Annual report of the Punjab Veterinary College and of the Civil Veterinary Department, Punjab - 1926-1932
Year: 1926
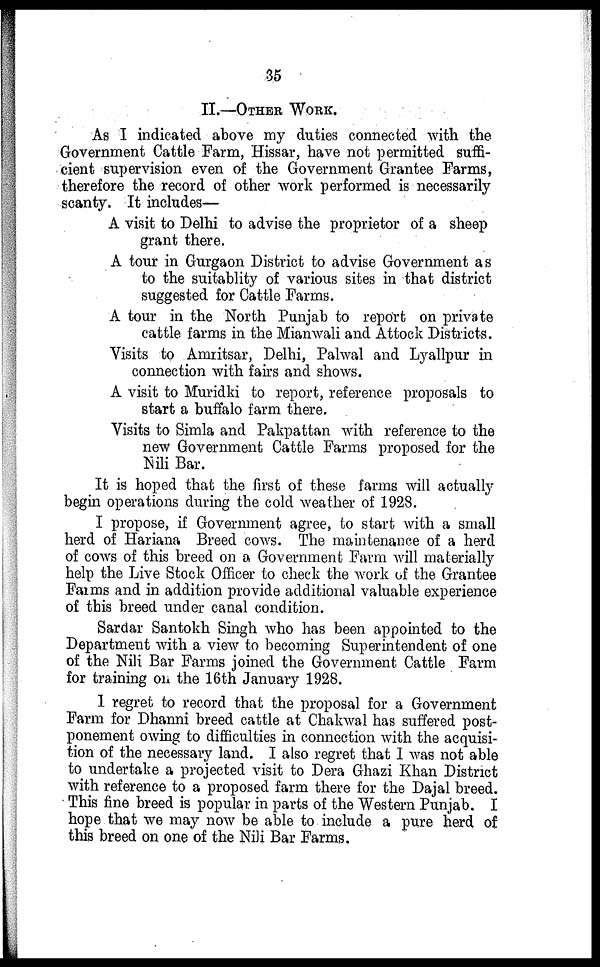
35
II.—OTHER WORK.
As I indicated above my duties connected with the
Government Cattle Farm, Hissar, have not permitted suffi-
cient supervision even of the Government Grantee Farms,
therefore the record of other work performed is necessarily
scanty. It includes—
A visit to Delhi to advise the proprietor of a sheep
grant there.
A tour in Gurgaon District to advise Government as
to the suitablity of various sites in that district
suggested for Cattle Farms.
A tour in the North Punjab to report on private
cattle farms in the Mianwali and Attock Districts.
Visits to Amritsar, Delhi, Palwal and Lyallpur in
connection with fairs and shows.
A visit to Muridki to report, reference proposals to
start a buffalo farm there.
Visits to Simla and Pakpattan with reference to the
new Government Cattle Farms proposed for the
Nili Bar.
It is hoped that the first of these farms will actually
begin operations during the cold weather of 1928.
I propose, if Government agree, to start with a small
herd of Hariana Breed cows. The maintenance of a herd
of cows of this breed on a Government Farm will materially
help the Live Stock Officer to check the work of the Grantee
Farms and in addition provide additional valuable experience
of this breed under canal condition.
Sardar Santokh Singh who has been appointed to the
Department with a view to becoming Superintendent of one
of the Nili Bar Farms joined the Government Cattle Farm
for training on the 16th January 1928.
1 regret to record that the proposal for a Government
Farm for Dhanni breed cattle at Chakwal has suffered post-
ponement owing to difficulties in connection with the acquisi-
tion of the necessary land. I also regret that I was not able
to undertake a projected visit to Dera Ghazi Khan District
with reference to a proposed farm there for the Dajal breed.
This fine breed is popular in parts of the Western Punjab. I
hope that we may now be able to include a pure herd of
this breed on one of the Nili Bar Farms.